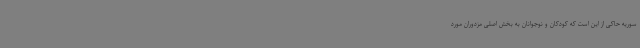
سوریه حاکی از این است که کودکان و نوجوانان به بخش اصلی مزدوران مورد